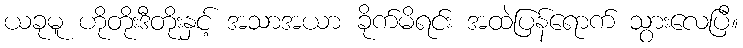
ယခုမူ ဟိုတိုးဒီတိုးနှင့် အသာအယာ ခိုက်မိရင်း အထဲပြန်ရောက် သွားလေပြီ။